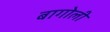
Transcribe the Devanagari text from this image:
बागोली